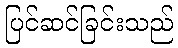
ပြင်ဆင်ခြင်းသည်